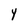
Character: Y